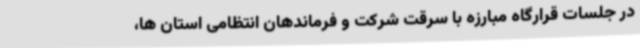
در جلسات قرارگاه مبارزه با سرقت شرکت و فرماندهان انتظامی استان ها،